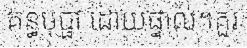
គន្ធបុប្ផា ដោយផ្ទាល់។គួរ